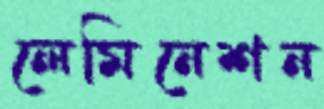
লেমিনেশন